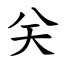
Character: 关